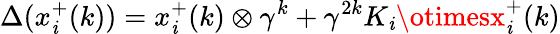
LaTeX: \Delta(x_{\mathit{i}}^{+}(k))=x_{\mathit{i}}^{+}(k)\otimes\gamma^{k}+\gamma^{2k}K_{\mathit{i}}\otimesx_{\mathit{i}}^{+}(k)